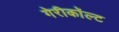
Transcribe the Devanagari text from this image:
गेरीकॉल्ट